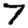
Digit: 7